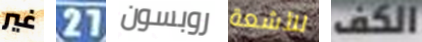
غير 27 روبسون للأشعة الكف